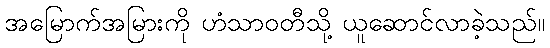
အမြောက်အမြားကို ဟံသာဝတီသို့ ယူဆောင်လာခဲ့သည်။